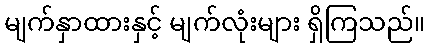
မျက်နှာထားနှင့် မျက်လုံးများ ရှိကြသည်။